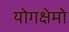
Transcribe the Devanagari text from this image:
योगक्षेमो